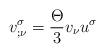
LaTeX: \begin{align*}v_{;\nu }^{\sigma }=\frac{\Theta }{3}v_{\nu }u^{\sigma } \end{align*}